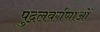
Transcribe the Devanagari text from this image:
पुद्गलवर्गणाओं